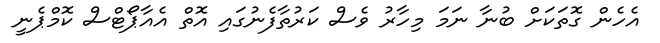
އެހެން ގޮތަކަށް ބުނާ ނަމަ މިހާރު ވެސް ކަރުތާފެނުގައި އޮތް އެއާޕޯޓްސް ކޮމްޕެނީ